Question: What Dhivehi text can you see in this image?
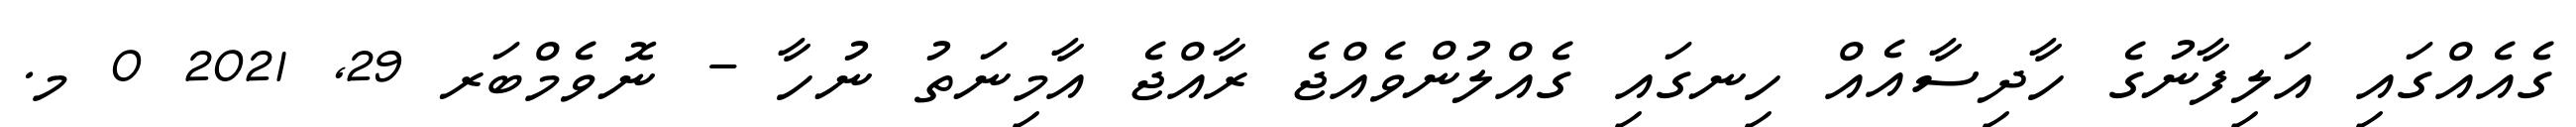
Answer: ގެއެއްގައި އަލިފާނުގެ ހާދިސާއެއް ހިނގައި ގެއްލުންވެއްޖެ ރާއްޖެ އާމިނަތު ނުހާ - ނޮވެމްބަރ 29, 2021 0 މ.